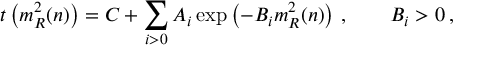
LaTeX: t \left( m _ { R } ^ { 2 } ( n ) \right) = C + \sum _ { i > 0 } A _ { i } \exp \left( - B _ { i } m _ { R } ^ { 2 } ( n ) \right) \, , \qquad B _ { i } > 0 \, ,